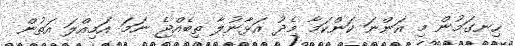
ހިނގަމުން މި އަންނަ ކަންކަމާ މެދު އަޅާނުލާ ތިބެއްޖެ ނަމަ އަމިއްލަ އަތުން